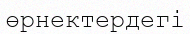
өрнектердегі